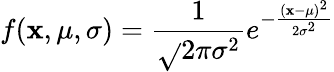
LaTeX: f(\mathbf{x},\mu,\sigma)={\frac{{1}}{{\sqrt{}{{2\pi\sigma^{2}}}}}}e^{-{\frac{{(\mathbf{x}-\mu)^{2}}}{{2\sigma^{2}}}}}